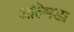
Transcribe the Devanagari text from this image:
अल्मिडा